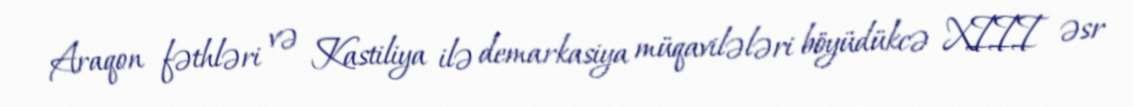
Araqon fəthləri və Kastiliya ilə demarkasiya müqavilələri böyüdükcə XIII əsr